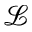
\mathcal { L }